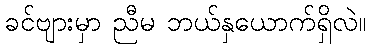
ခင်ဗျားမှာ ညီမ ဘယ်နှယောက်ရှိလဲ။